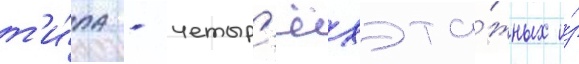
т'и́па - четыр'ёхэта́жных и́з